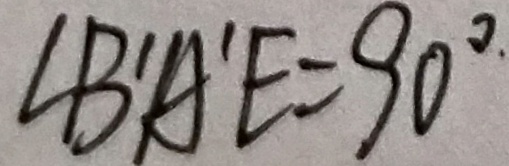
\angle B ^ { \prime } A ^ { \prime } E = 9 0 ^ { \circ }